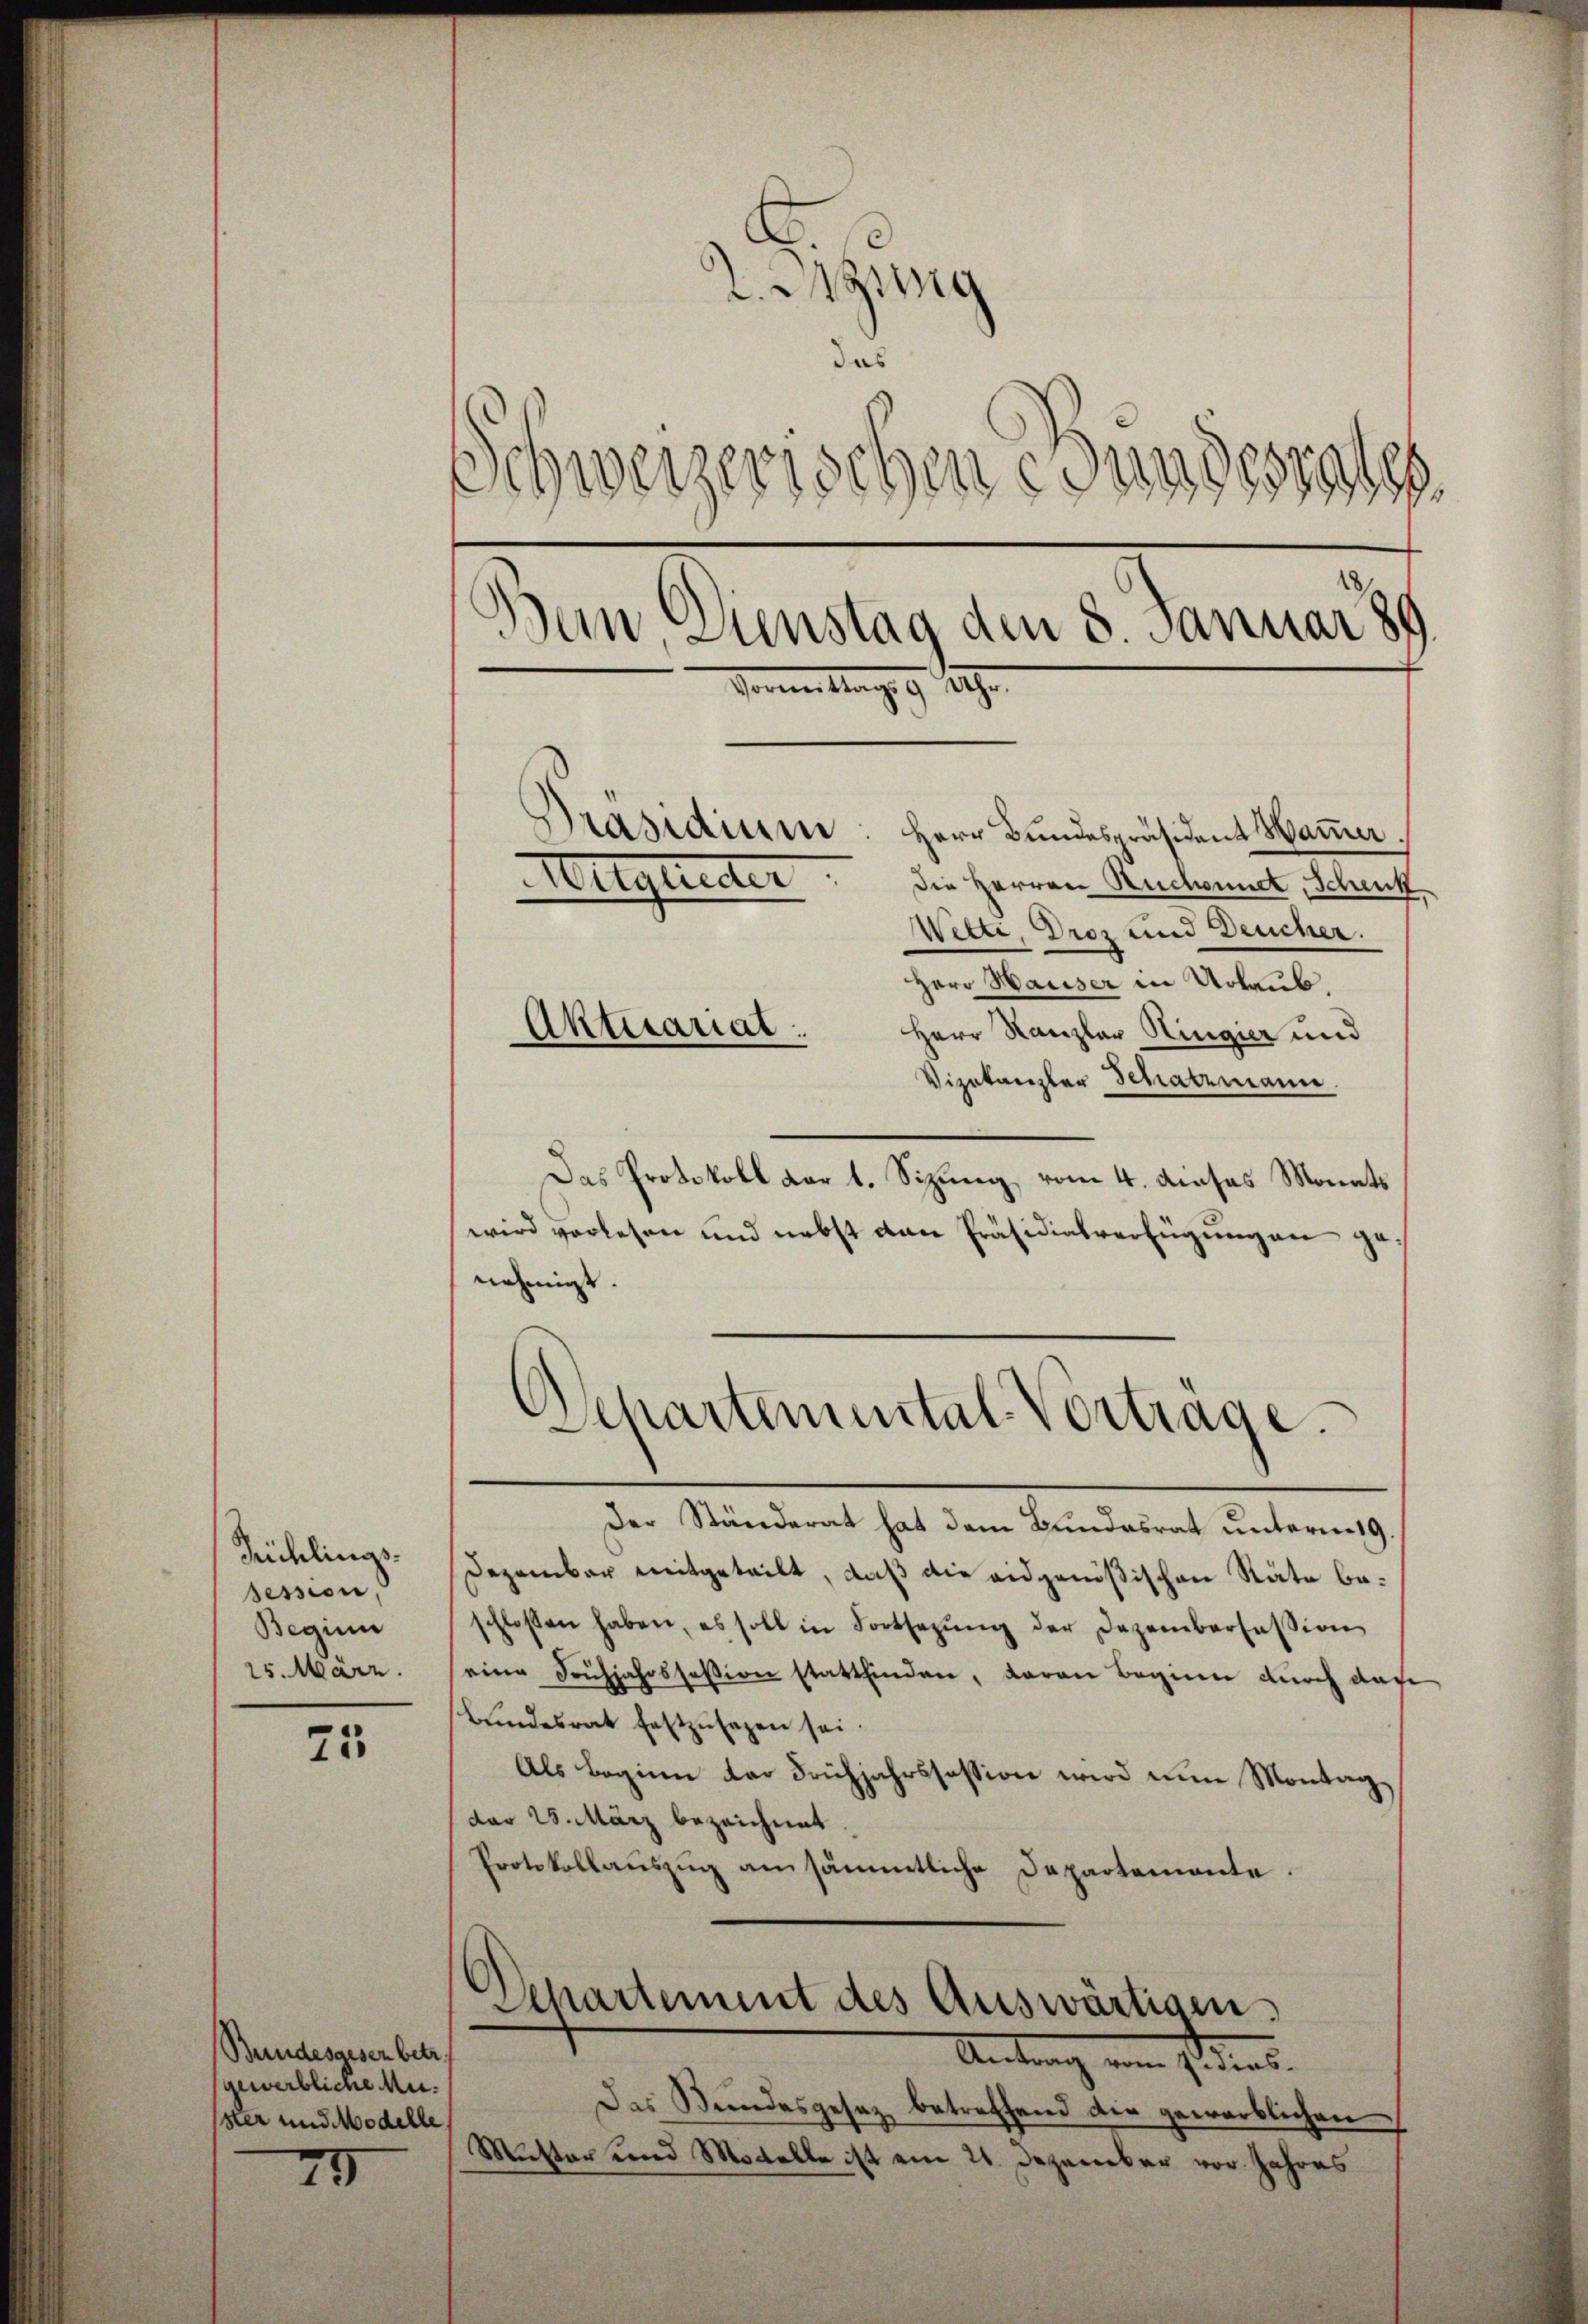
Rühlinas.
session,
Beginn
25. März.

25

Bundesgesen betr.
gewerbliche Muster und Modelle

73

s
L. Wung
das
Schweizerischen Bundesrates
Bein, Dienstag den 8. Januar 189
Vormittag. 9. Se
Präsidium
Herr Bundespräsident Hammer
Mitglieder
Die Herren Ruchsundt, Schenk
Wetti, Droz und Deucher.

Herr Hauser in Urlaub.
Herr Kanzler Hingier und
Vizekanzler Schatzmann.
Das Protokoll der 1. Sizung vom 4. dieses Monats
wird vorlesen und nebst den Präsidialverfügungen genehmigt.
Departemental-Vortrage.
Der Ständerat hat dem Bundesrat unterm 19.
Dezember mitgeteilt, daß die eidgenößischen Räte beschlossen haben, es soll in Fortsetzŭng der Dezembersession
eine Frühjahrssession stattfinden, daran beginn durch das
bŭndesrat festzŭsezen sei.
Als Beginn der Frühjahrssession wird nun Montag,
dar 25. März bezeichnet.
Protokollaŭszŭg an sämmtliche Departemente.

Aktuariat.

Departement des Auswärtisen,
Antrag von ist dens.

Das Bundesgesetz betreffend die gewerblichen
Mutter und Modelle ist am 21. Dezember vor. Jahres